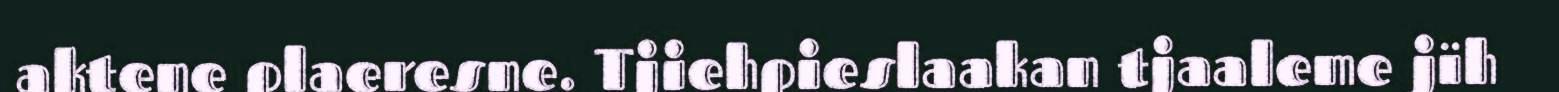
aktene plaeresne. Tjiehpieslaakan tjaaleme jïh